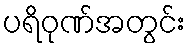
ပရိဝုဏ်အတွင်း